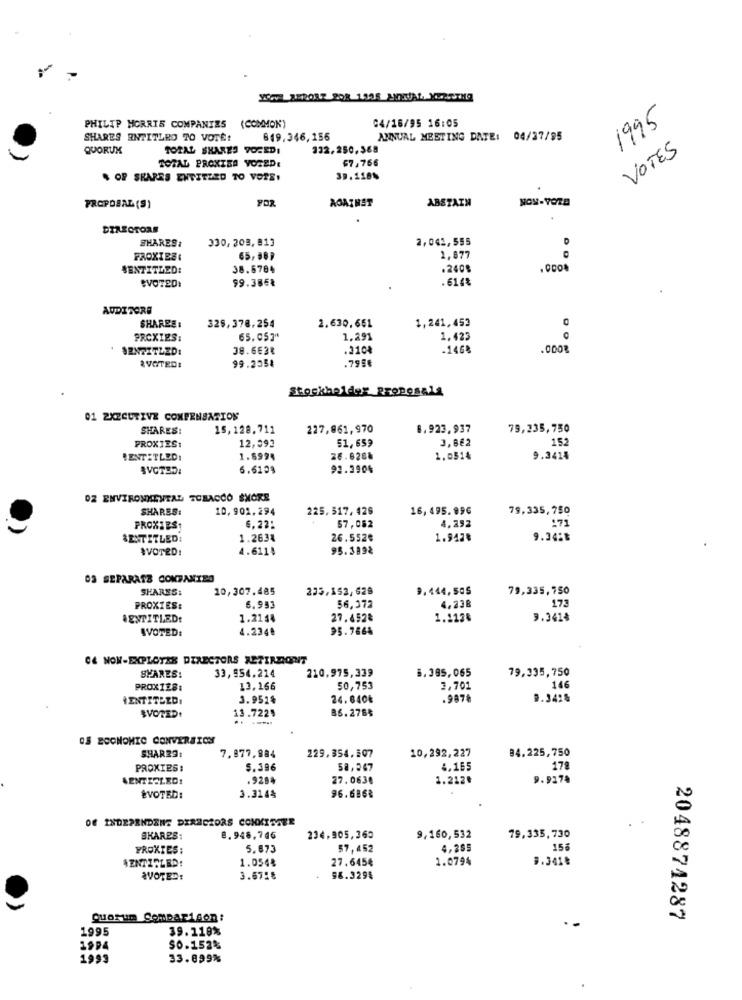
04/16/95 16:05
1995
PHILIP MORRIS COMPANIES
(COMMON)
SHARES ENTITLED TO VOTE!
849.346,156
ANNUAL MEETING DATE: 04/37/95
QUORUM
TOTAL SHARES TOREDI
332,250,368
VOTES
TOTAL PROXISA VORED:
67.766
$ OF SHARES ENTITLED TO VORE!
39.118%
FOR
ABSTAIN
NON-VOTE
PROPOSAL (S)
AGAINST
DIRECTORS
SHARES :
330, 208, 813
2,042,555
PROXIES
65,38₽
1.877
SENTITLED:
38.6784
.240$
.0004
99.386%
.614%
AUDITORE
2.630,651
1,241,453
SHAREE :
328,378.254
PROXIES:
65,057ª
1.291
1.423
SENTITLED:
38.6€3%
.210%
-146%
.0008
¿VOTED:
99.2054
.795€
Stockholder Proposals
01 2X2CUTIVE COMPENSATION
SHARES:
15,128.711
227,961,970
8.923.937
75,235,750
12,393
51,659
3,8€2
152
PROXIES:
BENTITLED!
1.8994
26.820%
1.0514
9.3414
6.6103
92.3904
OZ ENVIRONMENTAL TOBACCO ŚMORE
SHARES:
10,901.294
225. 517. 426
16,495.096
79,335,750
57,052
4.252
171
PROXIES
6.22:
SENTITLED:
1.263%
26.552€
1.947€
9.34:₺
IVOTED!
4.611$
95.389₴
03 SEPARATE COMPANIES
SHARES:
10,307.485
235,153, 628
9.444,505
79,335,750
175
PROXIES:
6.953
56,372
4,23฿
.ENTITLED:
1.21$4
27.452%
1.117€
9.341%
AVOTED:
4.234º
95.7664
CE NOW-EXPLOYES DIRECTORS ARTIRDONT
SHARES:
33,954.214
210,975,339
5.395,065
79.335,750
PROX128:
13.166
50,753
3,701
146
HENTITLED.
3.951%
24.640₺
.9878
D.3428
13.722%
B6.2765
$VOTED!
-----
OS ECONOMIC CONVERSION
SHARES:
84.225,750
7,877,884
229,354.507
10,292,227
PROXIES:
5.396
58,547
4,165
178
AENTEOLED!
.928%
27.0638
1.212
9.9174
EVOTED:
3.314%
96.6868
OF INDEPENDENT DIRECTORS CONKITZER
SKARES:
8.948,746
234.905,360
9,160,532
79,335,730
PROXIES;
5.873
$7,452
4,265
156
1.054%
27.6454
1.0794
9.341€
WVOTED:
3.67:5
98.329%
QuOrum SomDAR1Son :
2048874287
1995
39.119%
1994
50.152%
1993
33.899%